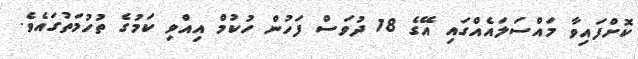
ކޮށްފައިވާ މައްސަލައެއްގައި އޭގެ 18 ދުވަސް ފަހުން ހުކުމް އިއްވި ކަމުގެ ތުހުމަތުގައެވެ.